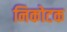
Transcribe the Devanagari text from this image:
निकोटक